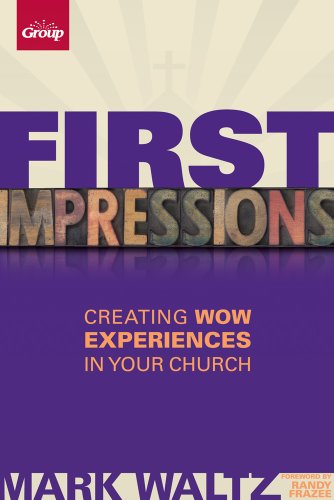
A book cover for First Impressions (Revised): Creating Wow Experiences in Your Church; Mark L. Waltz; Christian Books & Bibles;